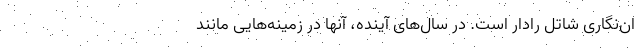
ان‌نگاری شاتل رادار است. در سال‌های آینده، آنها در زمینه‌هایی مانند